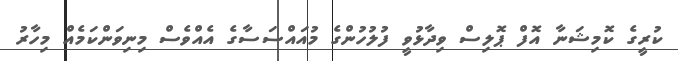
ކުރީގެ ކޮމިޝަނާ އޮފް ޕޮލިސް ވިދާޅުވީ ފުލުހުންގެ މުއައްސަސާގެ އެއްވެސް މިނިވަންކަމެއް މިހާރު